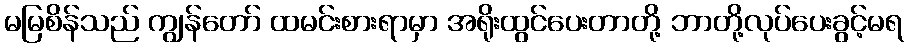
မမြစိန်သည် ကျွန်တော် ထမင်းစားရာမှာ အရိုးထွင်ပေးတာတို့ ဘာတို့လုပ်ပေးခွင့်မရ